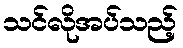
သင်လိုအပ်သည့်